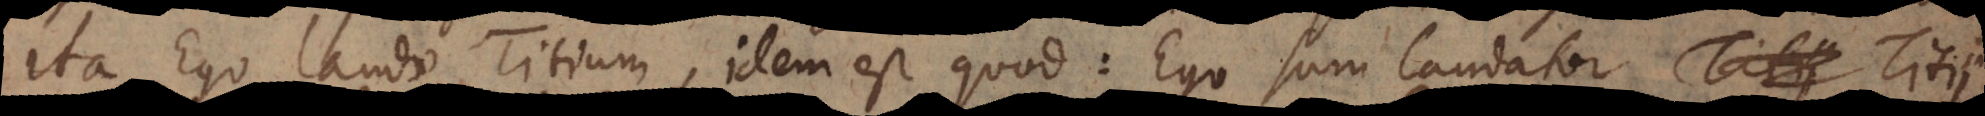
Ita Ego laudo Titium, idem est quod: Ego sum laudator Titi